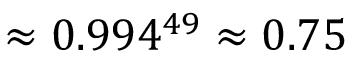
\approx 0 . 9 9 4 ^ { 4 9 } \approx 0 . 7 5